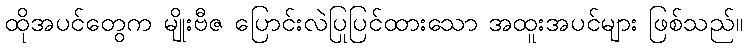
ထိုအပင်တွေက မျိုးဗီဇ ပြောင်းလဲပြုပြင်ထားသော အထူးအပင်များ ဖြစ်သည်။